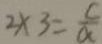
2 \times 3 = \frac { c } { \alpha }